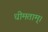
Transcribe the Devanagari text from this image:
धीमताम्।